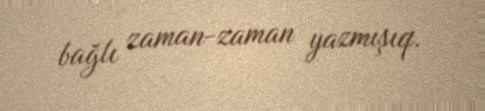
bağlı zaman-zaman yazmışıq.